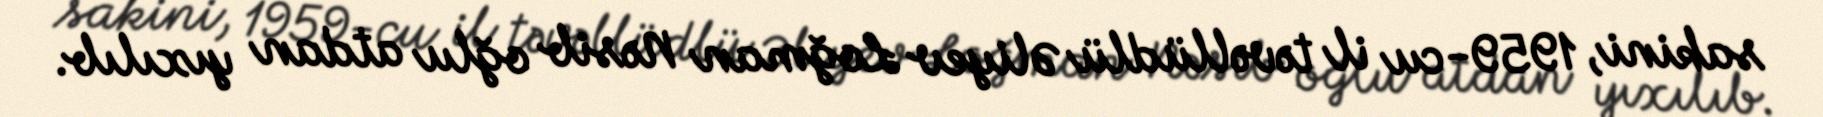
sakini, 1959-cu il təvəllüdlü Əliyev Loğman Nəsib oğlu atdan yıxılıb.